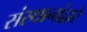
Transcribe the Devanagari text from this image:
संस्थानांद्वारे